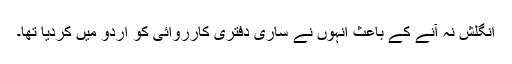
انگلش نہ آنے کے باعث انہوں نے ساری دفتری کارروائی کو اردو میں کردیا تھا۔